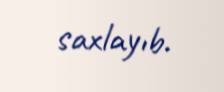
saxlayıb.